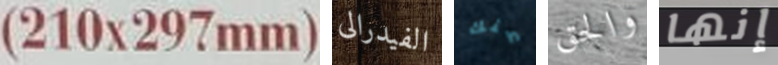
210x297mm الفيدرالى عنك والحق إنها